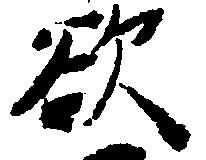
欲